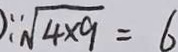
\sqrt [ 3 ] { 4 \times 9 } = 6